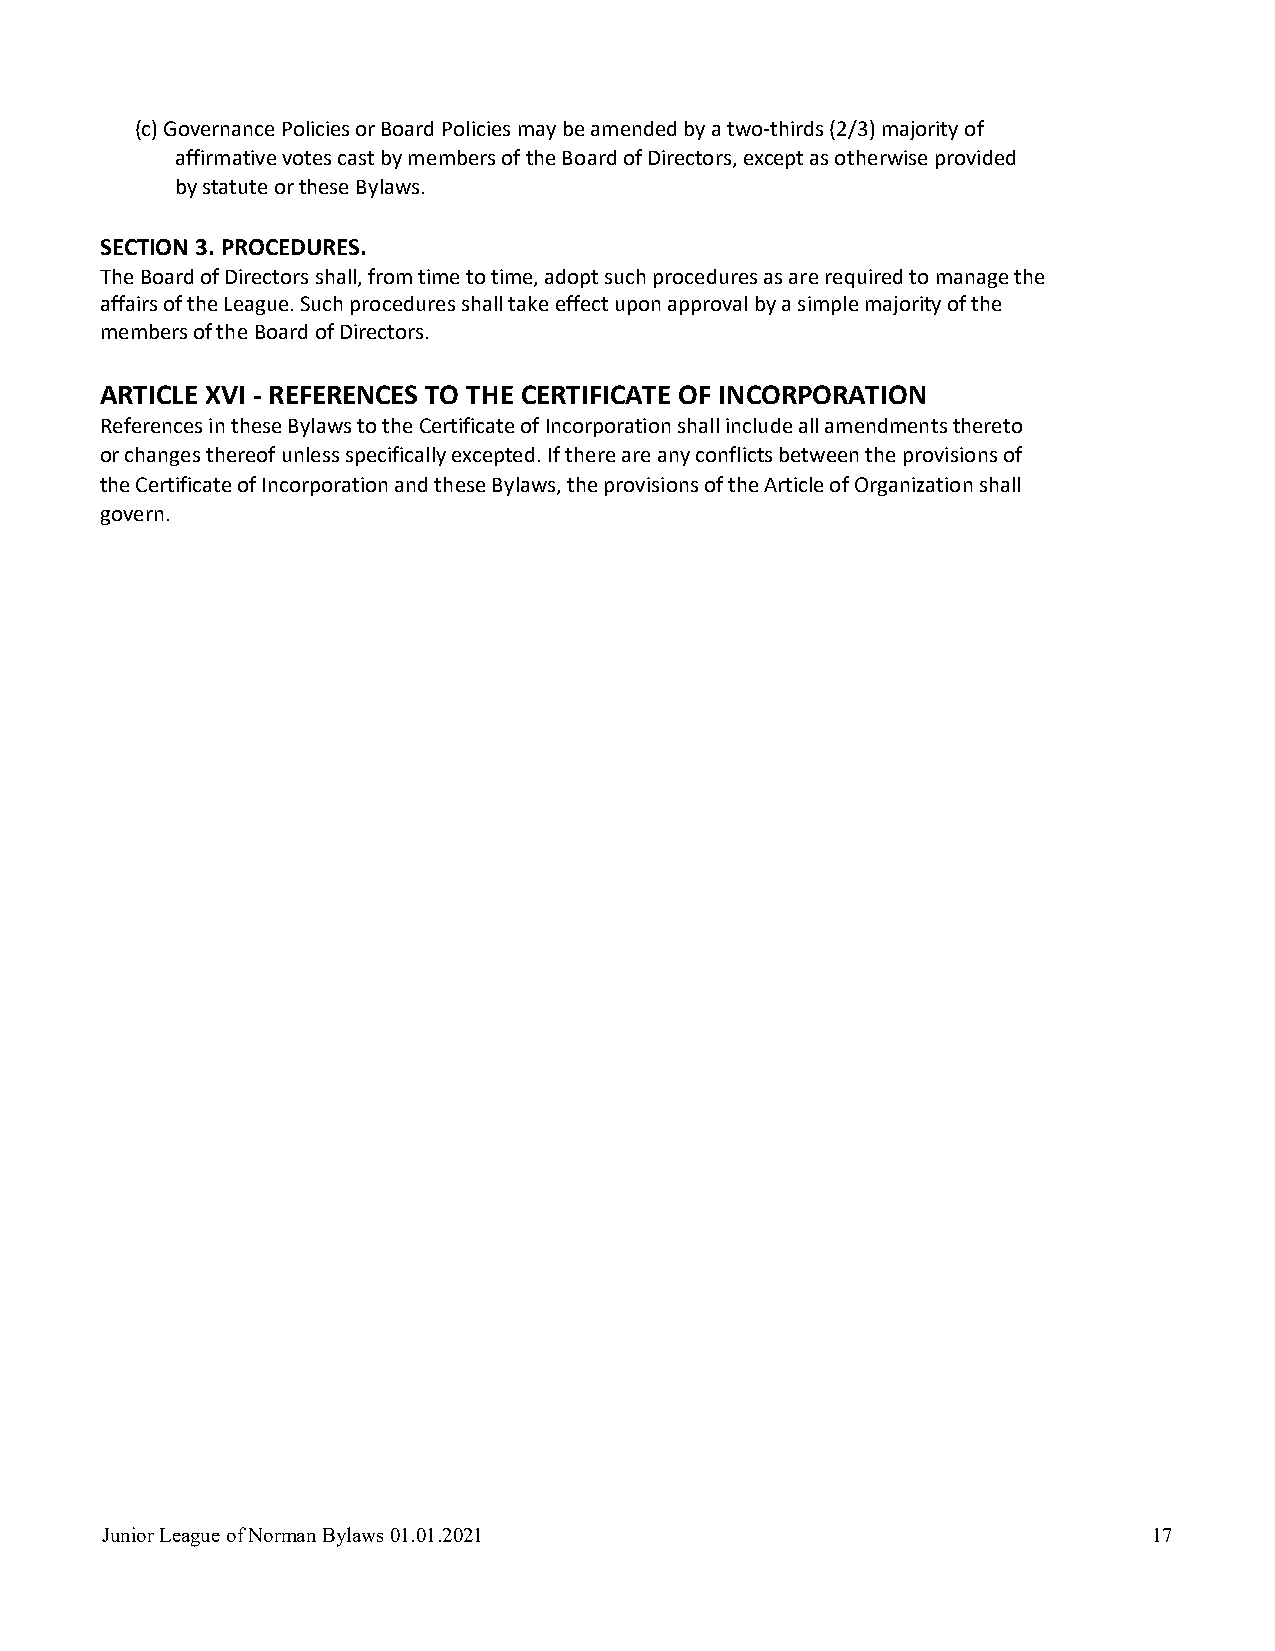
(c) Governance Policies or Board Policies may be amended by a two-thirds (2/3) majority of
 affirmative votes cast by members of the Board of Directors, except as otherwise provided
 by statute or these Bylaws.
 SECTION 3. PROCEDURES.
 The Board of Directors shall, from time to time, adopt such procedures as are required to manage the
 affairs of the League. Such procedures shall take effect upon approval by a simple majority of the
 members of the Board of Directors.
 ARTICLE XVI - REFERENCES TO THE CERTIFICATE OF INCORPORATION
 References in these Bylaws to the Certificate of Incorporation shall include all amendments thereto
 or changes thereof unless specifically excepted. If there are any conflicts between the provisions of
 the Certificate of Incorporation and these Bylaws, the provisions of the Article of Organization shall
 govern.
 Junior League of Norman Bylaws 01.01.2021                            17